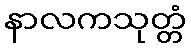
နာလကသုတ္တံ